Lunatic asylums Central Provinces reports 1895-1909 - 1895-1909
Year: 1895
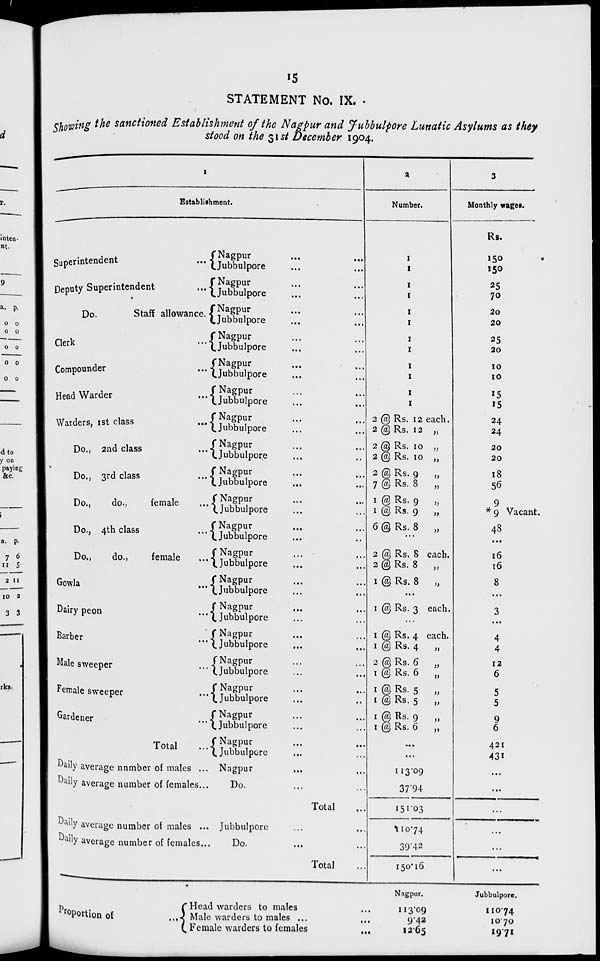
15
STATEMENT No. IX.
Showing the sanctioned Establishment of the Nagpur and Jubbulpore Lunatic Asylums as they
stood on the 31st December 1904.
1
Establishment.
Superintendent
...
Deputy Superintendent
...
Do.
Staff allowance. ...
Clerk
...
Compounder ...
Head Warder ...
Warders, 1st class ...
Do., 2nd class ...
Do., 3rd class ...
Do.,
do.,
female ...
Do., 4th class ...
Do.,
do.,
female ...
Gowlab ...
Dairy peon ...
Barber
...
Male sweeper ...
Female sweeper ...
Gardener ...
Total ...
Daily average number of males ...
Daily average number of females ...
Nagpur ...
Jubbulpore ...
Nagpur ...
Jubbulpore ...
Nagpur ...
Jubbulpore ...
Nagpur ...
Jubbulpore ...
Nagpur ...
Jubbulpore ...
Nagpur ...
Jubbulpore ...
Nagpur ...
Jubbulpore ...
Nagpur ...
Jubbulpore ...
Nagpur ...
Jubbulpore ...
Nagpur ...
Jubbulpore ...
Nagpur ...
Jubbulpore ...
Nagpur ...
Jubbulpore ...
Nagpur ...
Jubbulpore ...
Nagpur ...
Jubbulpore ...
Nagpur ...
Jubbulpore ...
Nagpur ...
Jubbulpore ...
Nagpur ...
Jubbulpore ...
Nagpur ...
Jubbulpore ...
Nagpur ...
Jubbulpore ...
Nagpur ...
Do. ... ...
Total ...
Daily average number of males ...
Daily average number of females ...
Jubbulpore ...
Do. ... ...
Total
Proportion of
...
Head warders to males ... ...
Male warders to males ... ...
Female warders to females
...
2
Number.
1
1
1
1
1
1
1
1
1
1
1
1
2 @ Rs. 12 each.
2 @ Rs. 12 „
2 @ Rs. 10 „
2 @ Rs. 10 „
2 @ Rs. 9
„
7 @ Rs. 8
„
1 @ Rs. 9
„
1 @ Rs. 9
„
6 @ Rs. 8
„
...
2 @ Rs. 8 each.
2 @ Rs. 8
„
1 @ Rs. 8
„
...
1 @ Rs. 3 each.
...
1 @ Rs. 4 each.
1 @ Rs. 4
„
2 @ Rs. 6
„
1 @ Rs. 6
„
1 @ Rs. 5
„
1 @ Rs. 5
„
1 @ Rs. 9
„
1 @ Rs. 6
„
...
...
113.09
37.94
151.03
110.74
39.42
150.16
Nagpur.
113.09
9.42
12.65
3
Monthly wages.
Rs.
150
150
25
70
20
20
25
20
10
10
15
15
24
24
20
20
18
56
9
*9 Vacant.
48
...
16
16
8
...
3
...
4
4
12
6
5
5
9
6
421
431
...
...
...
...
...
...
Jubbulpore.
110.74
10.70
19.71